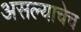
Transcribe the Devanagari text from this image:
असल्याचेच